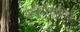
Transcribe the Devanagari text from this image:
अंतर्शासकीय